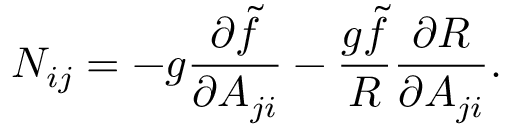
N _ { i j } = - g { \frac { \partial \tilde { f } } { \partial A _ { j i } } } - { \frac { g \tilde { f } } { R } } { \frac { \partial R } { \partial A _ { j i } } } .